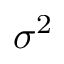
\sigma ^ { 2 }